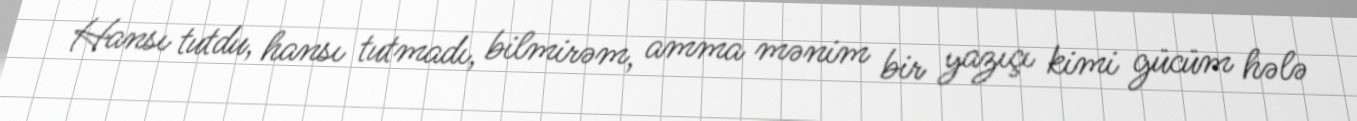
Hansı tutdu, hansı tutmadı, bilmirəm, amma mənim bir yazıçı kimi gücüm hələ